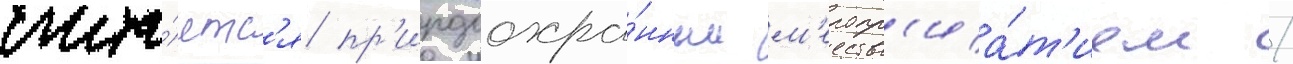
счита́етс'я пр'иродоохра́нным м'еропр'иа́т'ием /